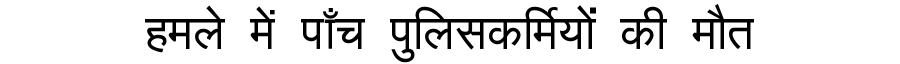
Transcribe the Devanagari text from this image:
हमले में पाँच पुलिसकर्मियों की मौत